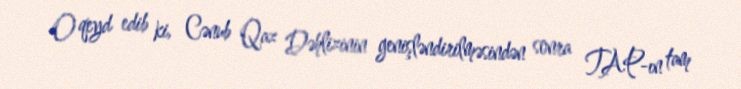
O qeyd edib ki, Cənub Qaz Dəhlizinin genişləndirilməsindən sonra TAP-ın tam